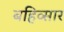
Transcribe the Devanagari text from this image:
बहिव्सार